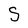
Character: S